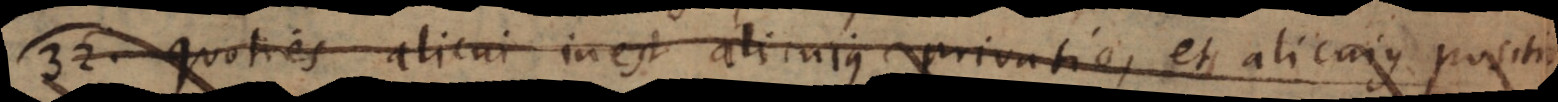
32) Quoties alicui inest alicujus privatio, et alicujus positio,